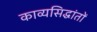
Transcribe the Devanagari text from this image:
काव्यसिद्धांतों